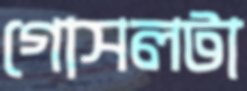
গোসলটা